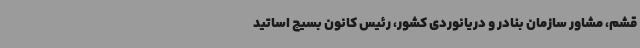
قشم، مشاور سازمان بنادر و دریانوردی کشور، رئیس کانون بسیج اساتید